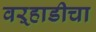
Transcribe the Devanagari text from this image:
वऱ्हाडीचा